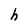
Character: h